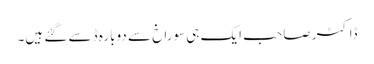
ڈاکٹر صاحب ایک ہی سوراخ سے دوبارہ ڈسے گئے ہیں۔